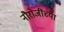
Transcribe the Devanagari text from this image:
नौरोजींच्या